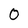
Character: 0